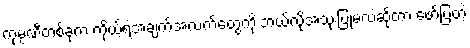
ကုမ္ပဏီတစ်ခုက ကိုယ့်ရဲ့အချက်အလက်တွေကို ဘယ်လိုအသုံးပြုမလဲဆိုတာ ဖော်ပြတဲ့